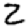
Digit: 2